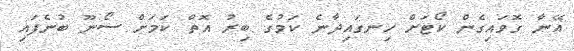
އޭނާ ގޮވައިގެން ކޯޓަށް ހިނގައިދާނެ ކަމުގެ ބިރު އޮތް ކަމަށް ސޯނޫ ބުނެފައި